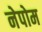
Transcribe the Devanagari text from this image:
नेपोम